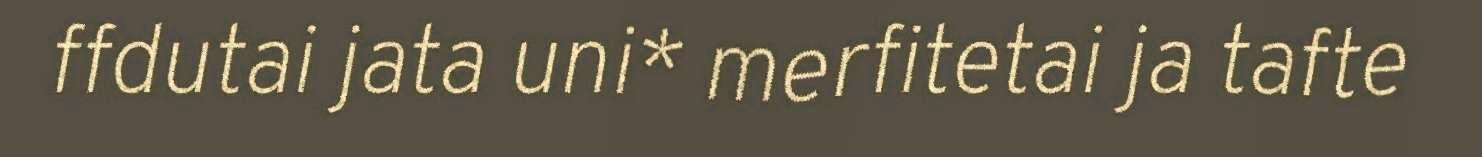
ffdutai jata uni* merfitetai ja tafte